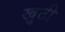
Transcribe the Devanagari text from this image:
खुटी